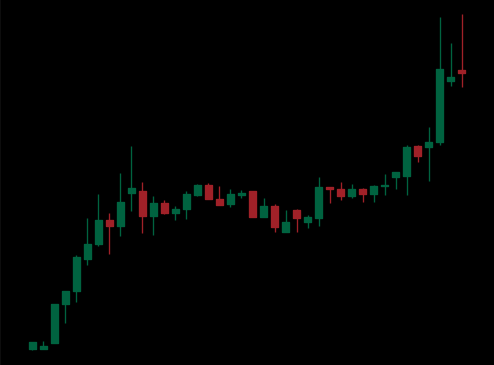
Pattern: unclassified